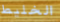
الخليط